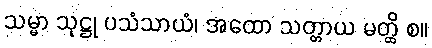
သမ္မာ သုဋ္ဌု ပသံသာယံ၊ အထော သတ္တာယ မတ္ထိ စ။